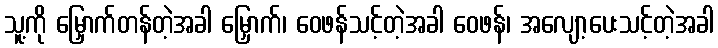
သူ့ကို မြှောက်တန်တဲ့အခါ မြှောက်၊ ဝေဖန်သင့်တဲ့အခါ ဝေဖန်၊ အလျော့ပေးသင့်တဲ့အခါ